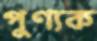
পুণ্যক